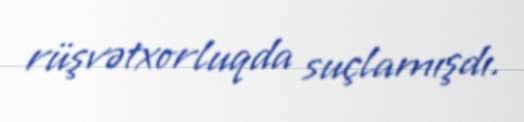
rüşvətxorluqda suçlamışdı.